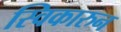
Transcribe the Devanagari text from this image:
स्विकारुन